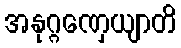
အနုဂ္ဂဏှေယျာတိ